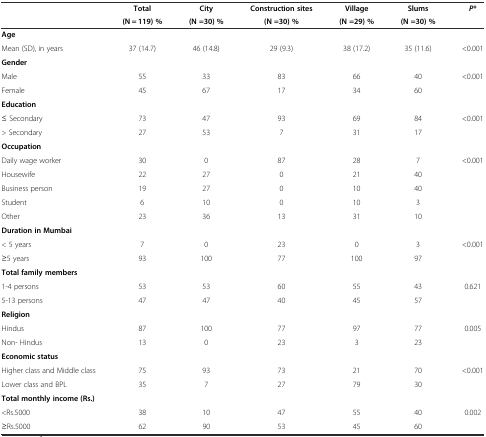
<table><thead><tr><td rowspan="2"></td><td><b>Total</b></td><td><b>City</b></td><td><b>Construction sites</b></td><td><b>Village</b></td><td><b>Slums</b></td><td rowspan="2"><b><i>P</i>*</b></td></tr><tr><td><b>(N = 119) %</b></td><td><b>(N =30) %</b></td><td><b>(N =30) %</b></td><td><b>(N =29) %</b></td><td><b>(N =30) %</b></td></tr></thead><tbody><tr><td><b>Age</b></td><td></td><td></td><td></td><td></td><td></td><td></td></tr><tr><td>Mean (SD), in years</td><td>37 (14.7)</td><td>46 (14.8)</td><td>29 (9.3)</td><td>38 (17.2)</td><td>35 (11.6)</td><td>&lt;0.001</td></tr><tr><td colspan="7"><b>Gender</b></td></tr><tr><td>Male</td><td>55</td><td>33</td><td>83</td><td>66</td><td>40</td><td rowspan="2">&lt;0.001</td></tr><tr><td>Female</td><td>45</td><td>67</td><td>17</td><td>34</td><td>60</td></tr><tr><td colspan="7"><b>Education</b></td></tr><tr><td>≤ Secondary</td><td>73</td><td>47</td><td>93</td><td>69</td><td>84</td><td rowspan="2">&lt;0.001</td></tr><tr><td>&gt; Secondary</td><td>27</td><td>53</td><td>7</td><td>31</td><td>17</td></tr><tr><td colspan="7"><b>Occupation</b></td></tr><tr><td>Daily wage worker</td><td>30</td><td>0</td><td>87</td><td>28</td><td>7</td><td rowspan="5">&lt;0.001</td></tr><tr><td>Housewife</td><td>22</td><td>27</td><td>0</td><td>21</td><td>40</td></tr><tr><td>Business person</td><td>19</td><td>27</td><td>0</td><td>10</td><td>40</td></tr><tr><td>Student</td><td>6</td><td>10</td><td>0</td><td>10</td><td>3</td></tr><tr><td>Other</td><td>23</td><td>36</td><td>13</td><td>31</td><td>10</td></tr><tr><td colspan="7"><b>Duration in Mumbai</b></td></tr><tr><td>&lt; 5 years</td><td>7</td><td>0</td><td>23</td><td>0</td><td>3</td><td rowspan="2">&lt;0.001</td></tr><tr><td>≥5 years</td><td>93</td><td>100</td><td>77</td><td>100</td><td>97</td></tr><tr><td colspan="7"><b>Total family members</b></td></tr><tr><td>1-4 persons</td><td>53</td><td>53</td><td>60</td><td>55</td><td>43</td><td rowspan="2">0.621</td></tr><tr><td>5-13 persons</td><td>47</td><td>47</td><td>40</td><td>45</td><td>57</td></tr><tr><td colspan="7"><b>Religion</b></td></tr><tr><td>Hindus</td><td>87</td><td>100</td><td>77</td><td>97</td><td>77</td><td rowspan="2">0.005</td></tr><tr><td>Non- Hindus</td><td>13</td><td>0</td><td>23</td><td>3</td><td>23</td></tr><tr><td colspan="7"><b>Economic status</b></td></tr><tr><td>Higher class and Middle class</td><td>75</td><td>93</td><td>73</td><td>21</td><td>70</td><td rowspan="2">&lt;0.001</td></tr><tr><td>Lower class and BPL</td><td>35</td><td>7</td><td>27</td><td>79</td><td>30</td></tr><tr><td colspan="7"><b>Total monthly income (Rs.)</b></td></tr><tr><td>&lt;Rs.5000</td><td>38</td><td>10</td><td>47</td><td>55</td><td>40</td><td rowspan="2">0.002</td></tr><tr><td>≥Rs.5000</td><td>62</td><td>90</td><td>53</td><td>45</td><td>60</td></tr></tbody></table>